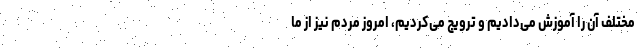
مختلف آن را آموزش می‌دادیم و ترویج می‌کردیم، امروز مردم نیز از ما